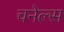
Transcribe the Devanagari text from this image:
चनेल्स